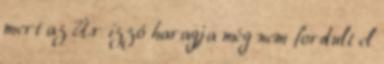
mert az Úr izzó haragja még nem fordult el